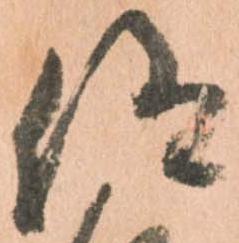
仰